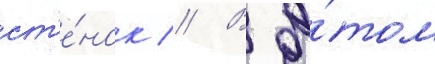
ст'е́нок // В э́том